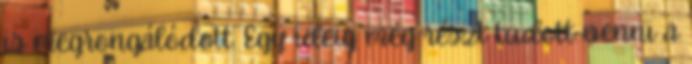
is megrongálódott. Egy ideig még részt tudott venni a